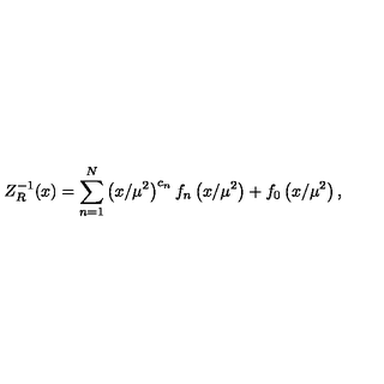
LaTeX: Z _ { R } ^ { - 1 } ( x ) = \sum _ { n = 1 } ^ { N } \left( x / \mu ^ { 2 } \right) ^ { c _ { n } } f _ { n } \left( x / \mu ^ { 2 } \right) + f _ { 0 } \left( x / \mu ^ { 2 } \right) ,